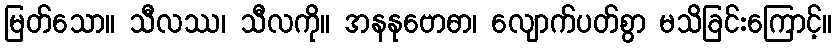
မြတ်သော။ သီလဿ၊ သီလကို။ အနနုဗောဓာ၊ လျောက်ပတ်စွာ မသိခြင်းကြောင့်။